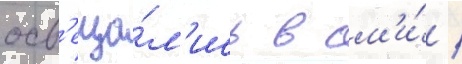
осв'еща́л'ись в см'и́ /